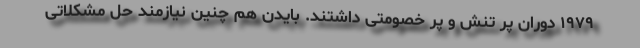
۱۹۷۹ دوران پر تنش و پر خصومتی داشتند. بایدن هم چنین نیازمند حل مشکلاتی